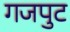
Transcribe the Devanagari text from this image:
गजपुट